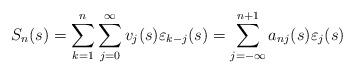
LaTeX: \begin{align*}S_{n}(s)= \sum_{k=1}^{n} \sum_{j=0}^{\infty} v_{j}(s) \varepsilon_{k-j}(s)=\sum_{j=-\infty}^{n +1} a_{nj}(s) \varepsilon_{j}(s) \end{align*}